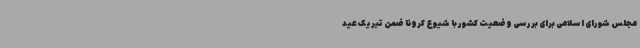
مجلس شورای اسلامی برای بررسی وضعیت کشور با شیوع کرونا ضمن تبریک عید